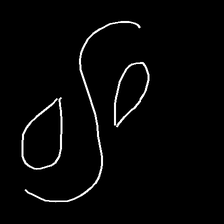
Glyph: water